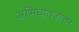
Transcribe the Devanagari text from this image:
अभिघातजोत्तर